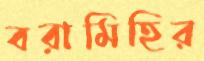
বরামিহির